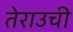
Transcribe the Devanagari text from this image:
तेराउची